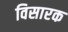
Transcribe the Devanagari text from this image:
विसारक